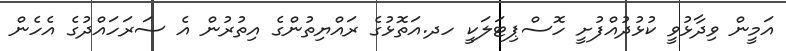
އަމީން ވިދާޅުވީ ކުޅުދުއްފުށީ ހޮސްޕިޓަލަކީ ހދ.އަތޮޅުގެ ރައްޔިތުންގެ އިތުރުން އެ ސަރަހައްދުގެ އެހެން